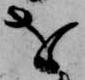
を